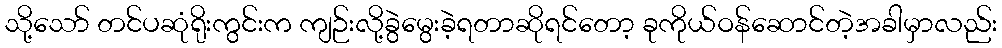
သို့သော် တင်ပဆုံရိုးကွင်းက ကျဉ်းလို့ခွဲမွေးခဲ့ရတာဆိုရင်တော့ ခုကိုယ်ဝန်ဆောင်တဲ့အခါမှာလည်း